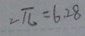
2 \pi = 6 2 8